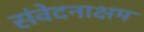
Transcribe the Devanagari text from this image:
संवेदनाक्षम